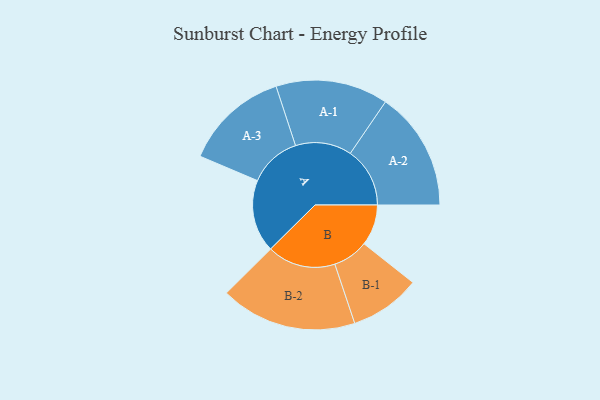
{"axis": {"x": "Segment", "y": "Value"}, "legend": ["", "A", "B"], "data": [{"x": "A", "y": 258, "type": ""}, {"x": "B", "y": 146, "type": ""}, {"x": "A-1", "y": 200, "type": "A"}, {"x": "A-2", "y": 212, "type": "A"}, {"x": "A-3", "y": 186, "type": "A"}, {"x": "B-1", "y": 126, "type": "B"}, {"x": "B-2", "y": 243, "type": "B"}]}